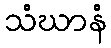
သံဃာနံ